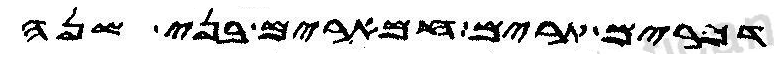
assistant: דכרים תרים חמארים בני שנה